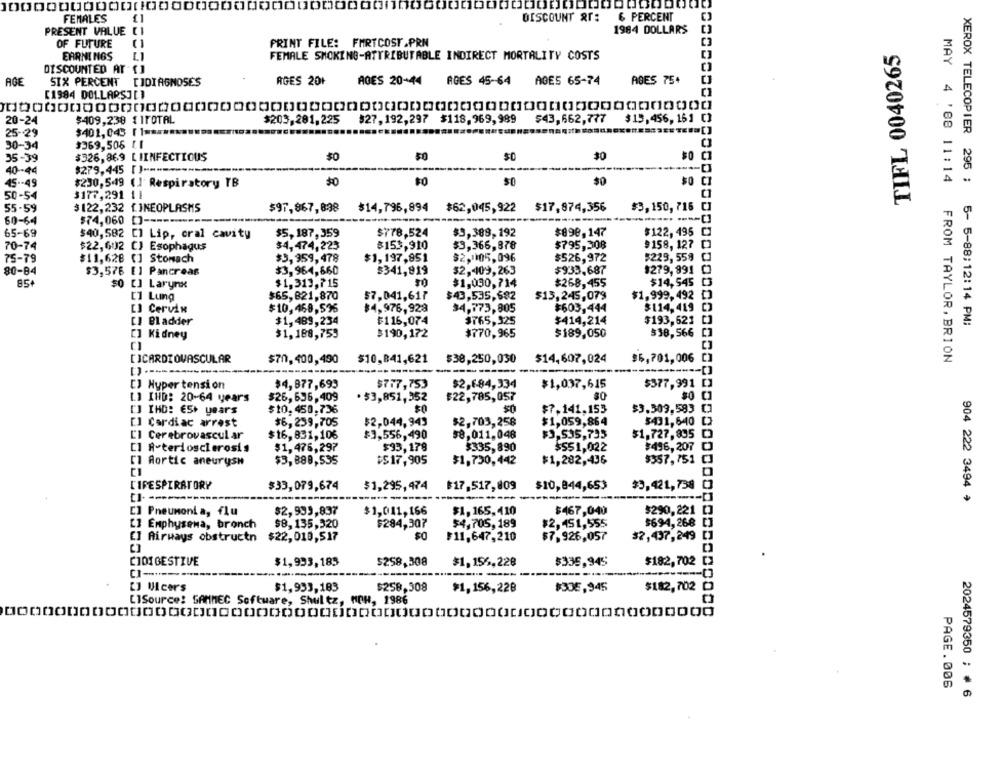
FEMALES
DISCOUNT &r:
& PERCENT
PRESENT VALUE [1
1984 DOLLARS
OF FUTURE
PRINT FILE: FMRTCOST.PRN
TIFL 0040265
EARNINGS
FEMALE SMOKING-ATTRIBUTABLE INDIRECT MORTALITY COSTS
DISCOUNTED AT []
AGE
SIX PERCENT DIDIAGNOSES
AGES 20+
AGES 20-44 ADES 45-64 AGES 65-74
ABES 75+
[1984 DOLLARSJ[]
20-24
$409,238 { IFOTAL
$203,281,225
$27, 192,297 $118. 969, 989
$43,662,777
$15,456, 161 []
$401,043 [ 1 ====
25-29
30-34
$369,506 [1
50
30
$0
35-39
$326,869 LIINFECTIOUS
$0
$0
40-44
$279,445 [) -----------*
-----
45 -- 49
$230,549 (I Respiratory TB
$0
$0
50
$0
$0
MAY 4 '88 11:14
50-54
$177,291 11
55-59
$122,232 [.]NEOPLASMS
$97,867,898
$14,796,894 $62,045,922
$17,974,356
$3,150, 716 []
60-64
$74,060
65-69
$778,524
$898,147
$122,495
$40,582 [] Lip, oral cavity
$5,187,359
$3,389,192
70-74
$22,602
CJ Esophagus
$4,474,223
$153,910
$3,366,878
$795,308
9158, 127 []
75-79
$11,628 [] Stomach
$3,959,478
$1,197,851
$2,1105,096
$526,972
$229, 559 []
80-84
$3,576 []
Pancreas
$3,964,660
$341,919
$2 ,- 109,263
$933.687
1279, 991 C
85+
$0 [] Larynx
$1,313,715
$1,090,714
$268,455
$14,545 03
$1,999,492 []
[1 Lung
$65,821,870
$7,041,617
$43,535,682
$13,245,079
[] Cervix
$10,468,596
$4,976,928
34,773,805
$603,444
$114,419 [)
CI Bladder
$1,489,234
$116,074
$765,325
$414,214
$193,521
XEROX TELECOPIER 295 ; 5- 5-88;12:14 PM:
$1,188,759
$190,172
$770.965
$189,050
$38,566
[] Kidney
[]CARDIOVASCULAR
$70,400,490
$10,841,621
$30,250,030
$14,607,024
$5,701,006 [
FROM TAYLOR, BRION
----
[] Hyper tension
$4,877,693
$717,753
$2,684,334
$1,037,615
$377,991 []
L.] IHD: 20-64 years
$26,636,409
· $3,851,352
$22,785,057
[] IHD: 65+ years
$10.450.736
$7.141.153
$3.309,583
[] Cardiac arrest
$6,259,705
$2,044,943
$2,703,258
$1,059,864
$431,640 [
$3,535,795
$1,727,895
El Cerebrovascular
$16,831,106
$3,556,490
58,011.048
[] A-teriosclerosis
$1,476,297
$93,178
$335,890
$551,022
$496,207
[] Aortic aneurysm
$3,888,535
$$17,905
$1,730,442
$1,282,436
$357,751
LIRESPIRATORY
$33,079,674
$1,295,474
$17,517,809
$10,844,653
$3,421,738
----
904 222 3494 *
[] Pneumonia, flu
$2,933,837
$1,011,166
$1,165,410
$467,040
$290,221 []
[3 Emphysema, bronch
$8,135,320
$284,307
$4,705, 189
$2,451,555
$694,268 []
$0
[] Airways obstructn
$22,010,517
$11,647,210
$7,926,057
32,437,249
CIDIGESTIVE
$1,933,185
$258,308
$1.156,228
$335,945
$182,702
CI --------
[] Ulcers
$1,953,183
$258,308
$1,156,228
$305,945
$182,702
LlSource! SAMMEC Software, Shultz, MOH, 1986
PAGE.006
2024579350 ; # 6